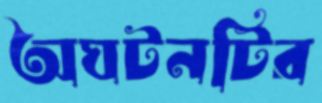
অঘটনটির